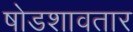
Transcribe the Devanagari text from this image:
षोडशावतार